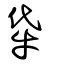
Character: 牮